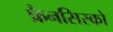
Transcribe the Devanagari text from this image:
फ्रैनसिस्को